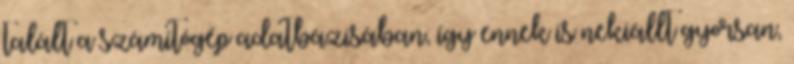
talált a számítógép adatbázisában, így ennek is nekiállt gyorsan,